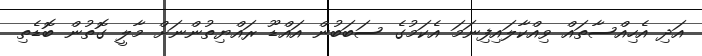
އަދި އެހިއްސާތައް ވިއްކާލައިފިނަމަ އެކަމުގެ ސަބަބުން އައްޑޫ ރައްޔިތުންނަށް މާލީ ގޮތުން ބޮޑެތި